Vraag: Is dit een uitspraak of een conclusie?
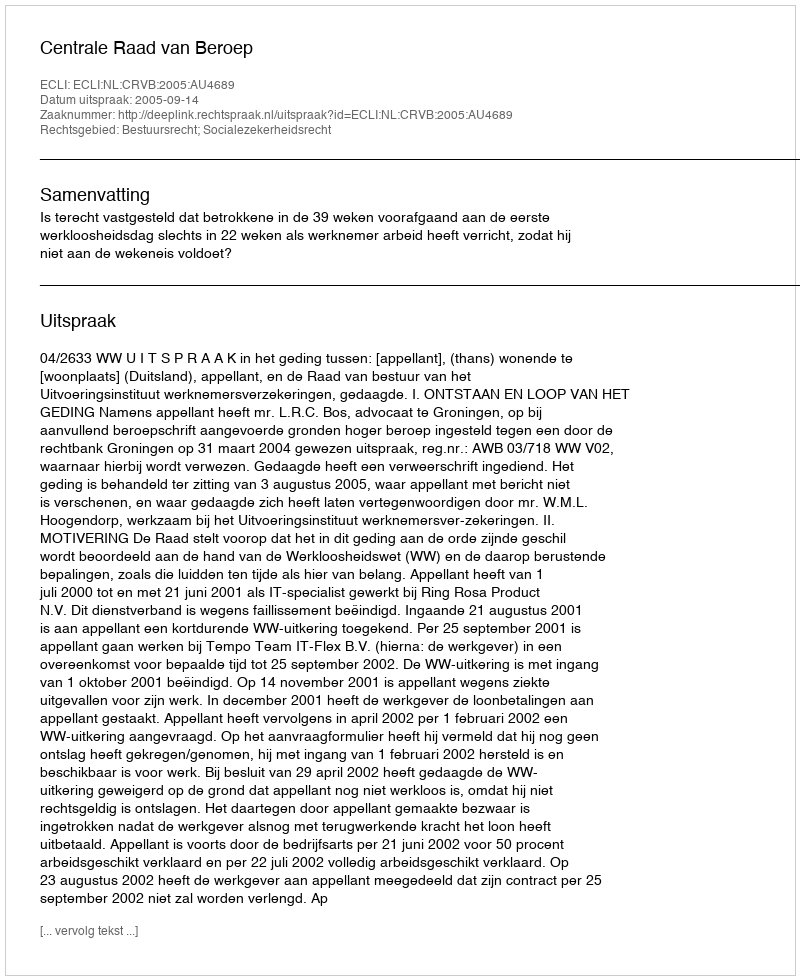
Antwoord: Uitspraak